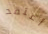
أعتقد